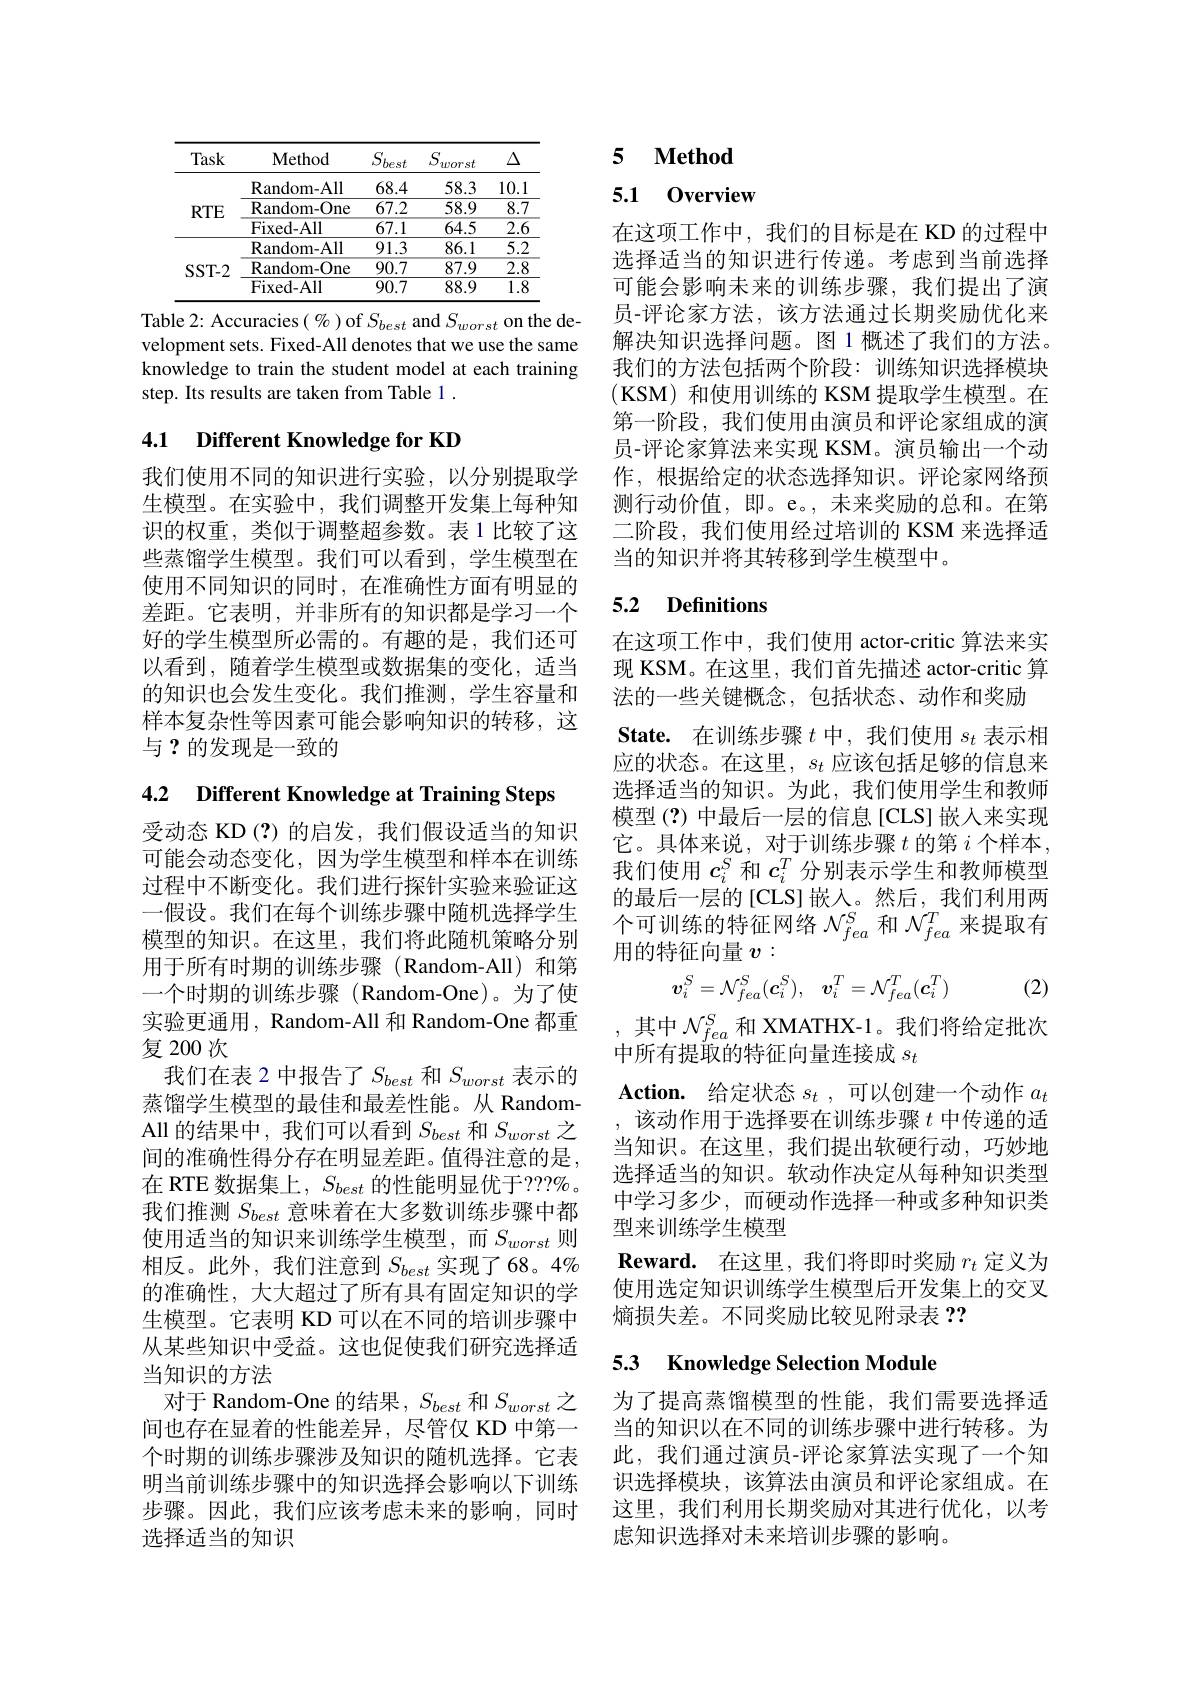
<table>
	<tbody>
		<tr>
			<th>Task</th>
			<th>Method</th>
			<th>$\underline{S_{best}}$</th>
			<th>$S.$ worst</th>
			<th>$\Delta$</th>
		</tr>
		<tr>
			<td rowspan="3">$RTE$</td>
			<td>Random- All</td>
			<td>68.4</td>
			<td>58.3</td>
			<td>10. 1</td>
		</tr>
		<tr>
			<td>Random- One</td>
			<td>67.2</td>
			<td>58.9</td>
			<td>$\overline{8.7}$</td>
		</tr>
		<tr>
			<td>Fixed- All</td>
			<td>67.1</td>
			<td>64.5</td>
			<td>$\overline{2.6}$ T</td>
		</tr>
		<tr>
			<td rowspan="3">$SST-2$</td>
			<td>Random- All</td>
			<td>91.3</td>
			<td>86.1</td>
			<td>5.2</td>
		</tr>
		<tr>
			<td>Random- One</td>
			<td>90.7</td>
			<td>87.9</td>
			<td>$\overline{2.8}$</td>
		</tr>
		<tr>
			<td>Fixed- All</td>
			<td>90.7</td>
			<td>88.9</td>
			<td>$\overline{1.8}$</td>
		</tr>
	</tbody>
</table>

Table 2: Accuracies(%) of $S_{best}$ and $S_{worst}$ on the development sets. Fixed-All denotes that we use the same knowledge to train the student model at each training step. Its results are taken from Table 1 .

## 4.1 Different Knowledge for KD

我们使用不同的知识进行实验，以分别提取学生模型。在实验中，我们调整开发集上每种知识的权重，类似于调整超参数。表 1 比较了这些蒸馏学生模型。我们可以看到，学生模型在使用不同知识的同时，在准确性方面有明显的差距。它表明，并非所有的知识都是学习一个好的学生模型所必需的。有趣的是，我们还可以看到，随着学生模型或数据集的变化，适当的知识也会发生变化。我们推测，学生容量和样本复杂性等因素可能会影响知识的转移，这与？的发现是一致的

4.2 Different Knowledge at Training Steps

受动态 KD (?) 的启发，我们假设适当的知识可能会动态变化，因为学生模型和样本在训练过程中不断变化。我们进行探针实验来验证这一假设。我们在每个训练步骤中随机选择学生模型的知识。在这里，我们将此随机策略分别用于所有时期的训练步骤(Random-All)和第一个时期的训练步骤 (Random-One)。为了使实验更通用，Random-All 和 Random-One 都重复200次
我们在表 2 中报告了$S_{best}$和$S_{worst}$表示的蒸馏学生模型的最佳和最差性能。从 RandomAll 的结果中，我们可以看到$S_best$和$S_worst$之间的准确性得分存在明显差距。值得注意的是， 在 RTE 数据集上，$S_{best}$的性能明显优于？??%。我们推测$S_{best}$意味着在大多数训练步骤中都使用适当的知识来训练学生模型，而$S_worst$则相反。此外，我们注意到$S_best$实现了 68。4% 的准确性，大大超过了所有具有固定知识的学生模型。它表明 KD 可以在不同的培训步骤中从某些知识中受益。这也促使我们研究选择适当知识的方法
对于 Random-One 的结果$,S_{best}$和$S_{worst}$之间也存在显着的性能差异，尽管仅 KD 中第一个时期的训练步骤涉及知识的随机选择。它表明当前训练步骤中的知识选择会影响以下训练步骤。因此，我们应该考虑未来的影响，同时选择适当的知识

## 5 $\textbf{Method}$

5.1 0verview

在这项工作中，我们的目标是在 KD 的过程中选择适当的知识进行传递。考虑到当前选择可能会影响未来的训练步骤，我们提出了演员-评论家方法，该方法通过长期奖励优化来解决知识选择问题。图 1 概述了我们的方法。我们的方法包括两个阶段：训练知识选择模块(KSM)和使用训练的 KSM 提取学生模型。在第一阶段，我们使用由演员和评论家组成的演员-评论家算法来实现 KSM。演员输出一个动作，根据给定的状态选择知识。评论家网络预测行动价值，即。e。,未来奖励的总和。在第二阶段，我们使用经过培训的 KSM 来选择适当的知识并将其转移到学生模型中。

## 5.2 Definitions

在这项工作中，我们使用 actor-critic 算法来实现 KSM。在这里，我们首先描述 actor-critic 算法的一些关键概念，包括状态、动作和奖励
State. 在训练步骤$t$中，我们使用$s_t$表示相应的状态。在这里，$s_t$应该包括足够的信息来选择适当的知识。为此，我们使用学生和教师模型(?)中最后一层的信息[CLS]嵌入来实现它。具体来说，对于训练步骤$t$的第$i$个样本， 我们使用$c_i^S$和$c_i^T$分别表示学生和教师模型的最后一层的[CLS]嵌入。然后，我们利用两个可训练的特征网络$\mathcal{N}_fea^S$和$\mathcal{N}_fea^T$来提取有用的特征向量$v:$
$$\boldsymbol{v}_{i}^{S}=\mathcal{N}_{fea}^{S}(\boldsymbol{c}_{i}^{S}),\:\boldsymbol{v}_{i}^{T}=\mathcal{N}_{fea}^{T}(\boldsymbol{c}_{i}^{T})$$
(2)

,其中$\mathcal{N}_{fea}^S$和 XMATHX-1。我们将给定批次
中所有提取的特征向量连接成$s_t$
$\textbf{Action. 给 定 状 态 }s_t$ ,可以创建一个动作 $a_t$ 该动作用于选择要在训练步骤$t$中传递的适当知识。在这里，我们提出软硬行动，巧妙地选择适当的知识。软动作决定从每种知识类型中学习多少，而硬动作选择一种或多种知识类型来训练学生模型
$\textbf{Reward. 在 这 里 , 我 们 将 即 时 奖 励 }r_t$定义为使用选定知识训练学生模型后开发集上的交叉熵损失差。不同奖励比较见附录表？?

## 5.3 Knowledge Selection Module

为了提高蒸馏模型的性能，我们需要选择适当的知识以在不同的训练步骤中进行转移。为此，我们通过演员-评论家算法实现了一个知识选择模块，该算法由演员和评论家组成。在这里，我们利用长期奖励对其进行优化，以考虑知识选择对未来培训步骤的影响。